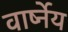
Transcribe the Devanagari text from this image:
वार्ष्नेय